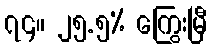
၇၄။ ၂၅.၅% ကြွေးမြီ